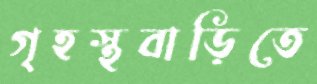
গৃহস্থবাড়িতে